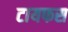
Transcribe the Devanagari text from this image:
टायफस